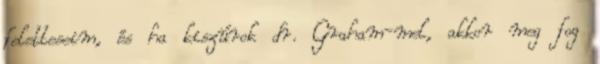
feletteseim, és ha kiszúrok dr. Graham-mel, akkor meg fog